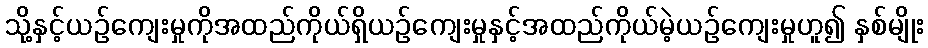
သို့နှင့်ယဉ်ကျေးမှုကိုအထည်ကိုယ်ရှိယဉ်ကျေးမှုနှင့်အထည်ကိုယ်မဲ့ယဉ်ကျေးမှုဟူ၍ နှစ်မျိုး